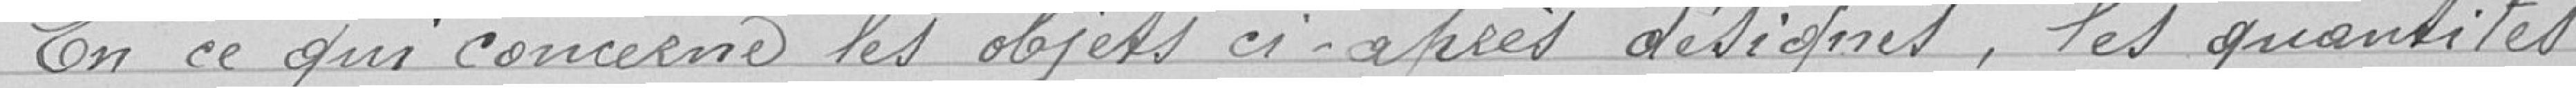
En ce qui concerne les objets ci-après désignés, les quantités